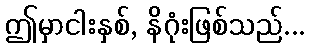
ဤမှာငါးနှစ်, နိဂုံးဖြစ်သည်...